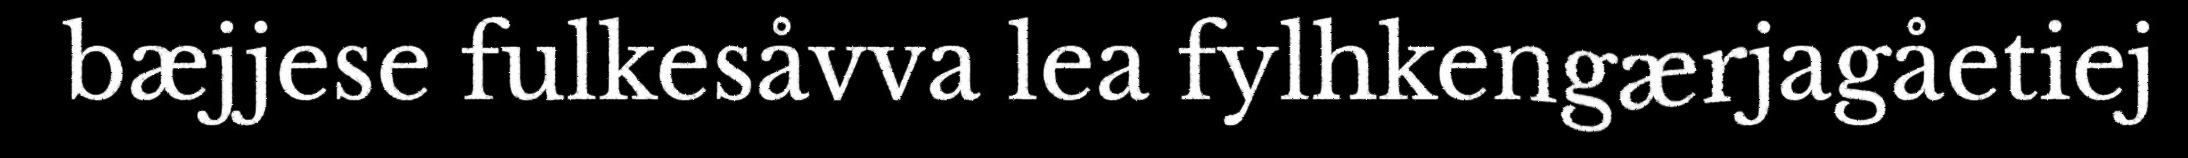
bæjjese fulkesåvva lea fylhkengærjagåetiej